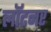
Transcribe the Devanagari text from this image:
लॉटनर